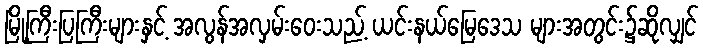
မြို့ကြီးပြကြီးများနှင့် အလွန်အလှမ်းဝေးသည့် ယင်းနယ်မြေဒေသ များအတွင်း၌ဆိုလျှင်